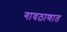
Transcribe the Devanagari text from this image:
गावठाणात